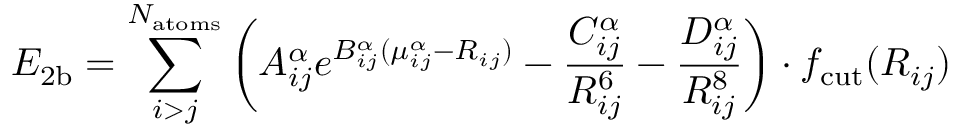
E _ { \mathrm { 2 b } } = \sum _ { i > j } ^ { N _ { \mathrm { a t o m s } } } \bigg ( A _ { i j } ^ { \alpha } e ^ { B _ { i j } ^ { \alpha } ( \mu _ { i j } ^ { \alpha } - R _ { i j } ) } - \frac { C _ { i j } ^ { \alpha } } { R _ { i j } ^ { 6 } } - \frac { D _ { i j } ^ { \alpha } } { R _ { i j } ^ { 8 } } \bigg ) \cdot f _ { \mathrm { c u t } } ( R _ { i j } )